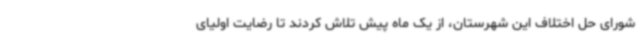
شورای حل اختلاف این شهرستان، از یک ماه پیش تلاش کردند تا رضایت اولیای